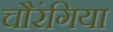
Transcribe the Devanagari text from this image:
चौरंगिया